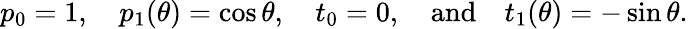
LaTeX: p_{0}=1,\quad p_{1}(\theta)=\cos\theta,\quad t_{0}=0,\quad\mathrm{and}\quad t_{1}(\theta)=-\sin\theta.